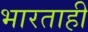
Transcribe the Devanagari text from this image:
भारताही